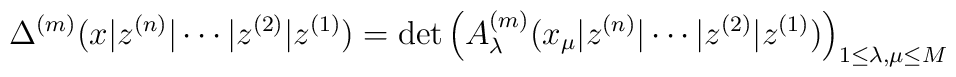
\Delta^{(m)}(x| z^{(n)} | \cdots |z^{(2)} | z^{(1)})=\det \left( A_{\lambda }^{(m)}(x_{\mu}| z^{(n)} | \cdots |z^{(2)} | z^{(1)}) \right) _{1\leq \lambda , \mu \leq M}